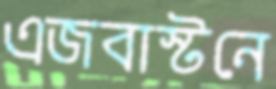
এজবাস্টনে